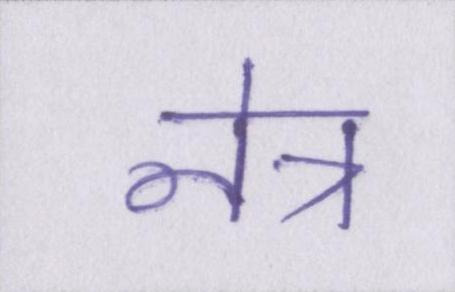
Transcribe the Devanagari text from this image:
नेत्र